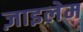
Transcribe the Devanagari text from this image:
ज़ाइलेम